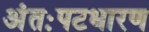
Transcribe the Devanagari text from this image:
अंतःपटधारण